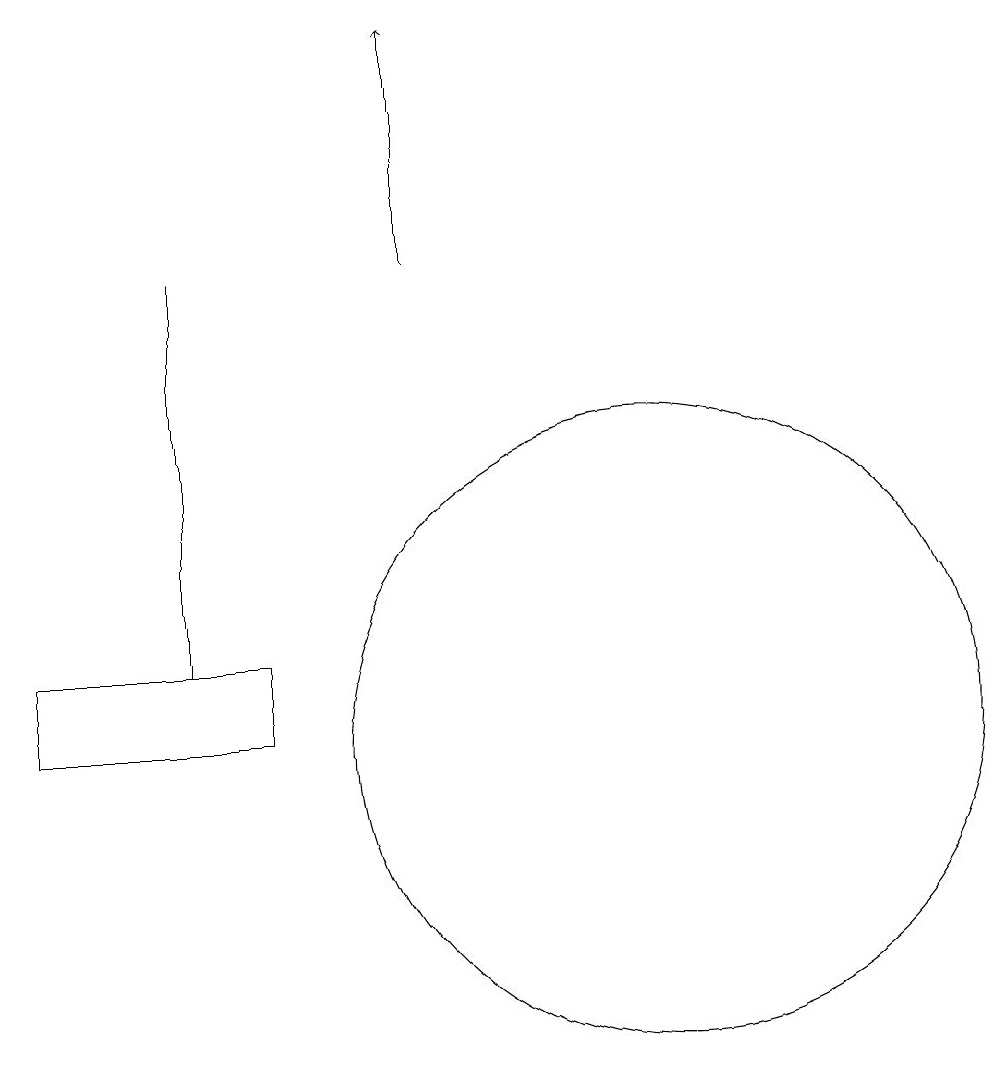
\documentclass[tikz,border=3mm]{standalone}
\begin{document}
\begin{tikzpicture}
\draw[->] (8,16) -- (8,19);
\draw (5,11) rectangle (5,16);
\draw (3,11) rectangle (6,10);
\draw (11,10) circle (4);
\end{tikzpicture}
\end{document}